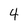
Character: 4